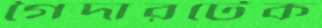
গৈদারটেক